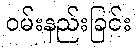
ဝမ်းနည်းခြင်း